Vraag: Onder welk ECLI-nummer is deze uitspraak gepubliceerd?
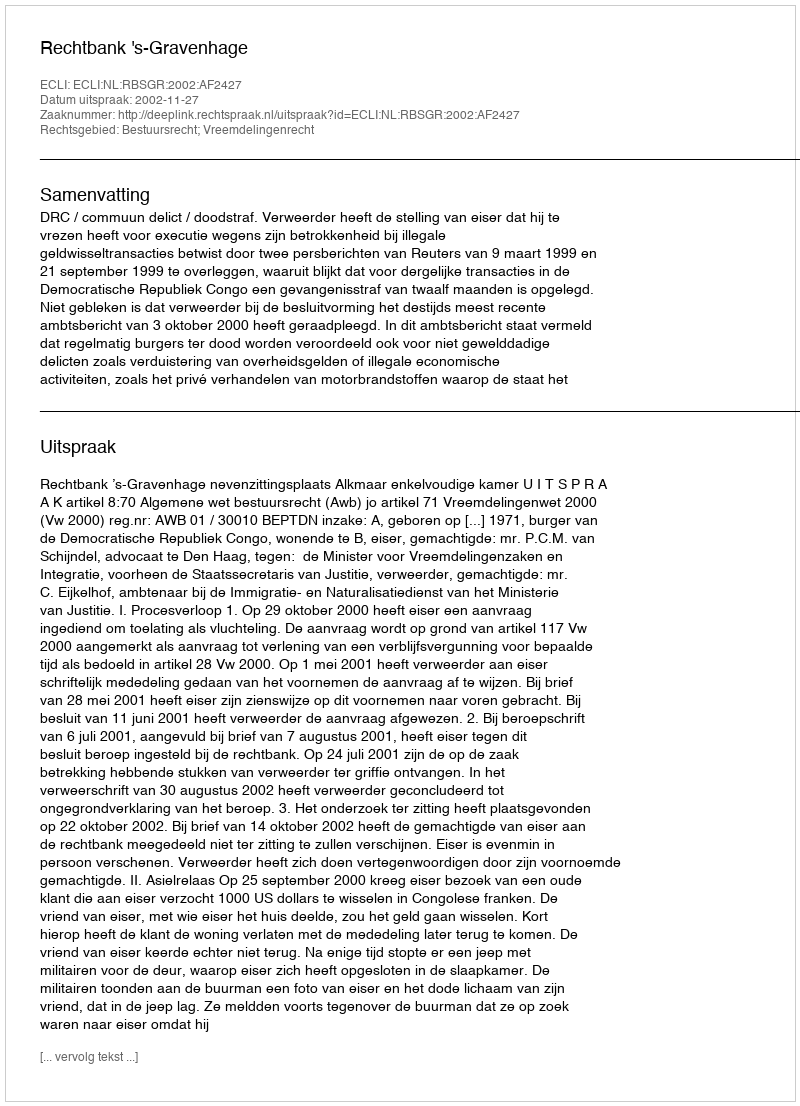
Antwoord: ECLI:NL:RBSGR:2002:AF2427